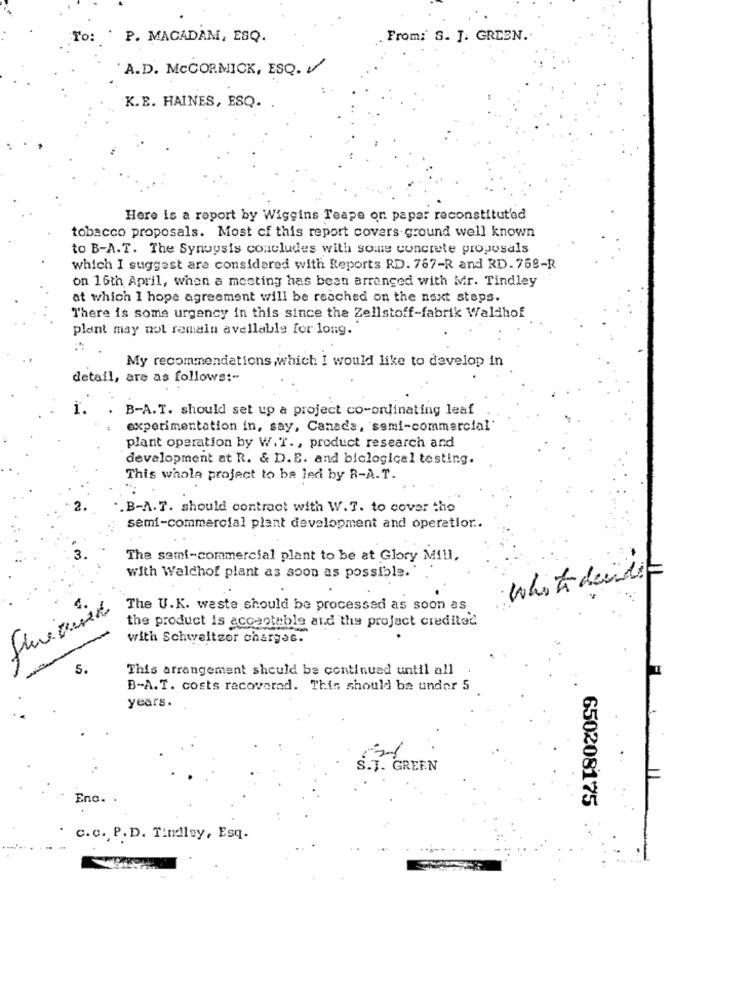
To: ' P. MACADAM, ESQ.
From: S. J. GREEN.
A.D. McCORMICK, ESQ. 1
K.E. HAINES, ESQ.
Here is a report by Wiggins Teape on paper reconstituted
tobacco proposals. Most of this report covers ground well known
to B-A.T. The Synopsis concludes with some concrete propusals
which I suggest are considered with Reports RD. 767-R and RD. 768-R
on 16th April, when a meeting has been arranged with Mr. Tindley
at which I hope agreement will be reached on the next steps.
There is some urgency in this since the Zellstoff-fabrik Waldhof
plant may not remain avellable for long.
My recommendations,which I would like to develop in
detail, are as follows :-
i.
B-A.T. should set up a project co-ordinating leaf
experimentation in, say, Canada, semi-commercial'
plant operation by W. T ., product research and
development at R. & D.E. and biological testing.
This whole project to ba led by B-A.T.
.. B-A.T. should contract with W.7. to cover the
semi-commercial plant development and operatlor ..
The sami-commercial plant to be at Glory Mill.
whit decides
with Walchof plant as soon as possible.
The U.K. waste should be processed as soon as
the product is acceptable and the project credited
with Schweitzor charges.
f
S.
This arrangement should be continued until all .
B-A.T. costs recoverad. This should be under 5
years.
S.T. GREEN
Enc.
650208175
c.c. P. D. Tindley, Esq.